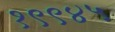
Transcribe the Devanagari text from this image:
१९९४५